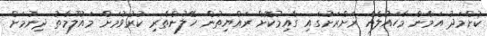
ކުށްމަދު އަމާން މާހައުލެއް ރަށްރަށުގައި ގާއިމުކޮށް ރައްޔިތުން ހޭލުންތެރި ކުރުވުމަށް މައުލޫމާތު ދިނުމަށް